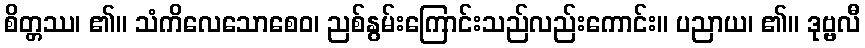
စိတ္တဿ၊ ၏။ သံကိလေသောစေဝ၊ ညစ်နွမ်းကြောင်းသည်လည်းကောင်း။ ပညာယ၊ ၏။ ဒုဗ္ဗလီ